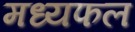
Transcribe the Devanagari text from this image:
मध्यफल